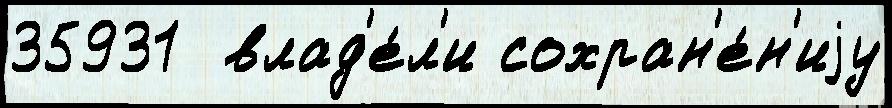
35931  влад'е́л'и сохран'е́н'иjу